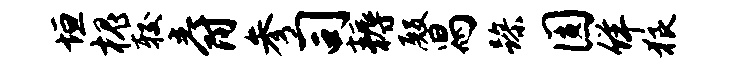
垣槐较爵参司耨殿舄躁圆佯狼